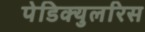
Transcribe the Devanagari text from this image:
पेडिक्युलरिस